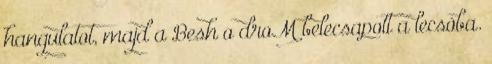
hangulatot, majd a Besh o droM belecsapott a lecsóba.